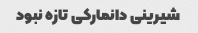
شیرینی دانمارکی تازه نبود